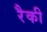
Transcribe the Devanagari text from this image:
रैकी